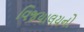
વિજયાલયનો